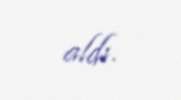
aldı.